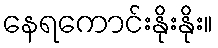
နေရကောင်းနိုးနိုး။